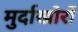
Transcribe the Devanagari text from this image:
मुर्दाखोरों